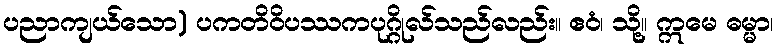
ပညာကျယ်သော) ပကတိဝိပဿကပုဂ္ဂိုလ်သည်လည်း။ ဧဝံ၊ သို့။ ဣမေ ဓမ္မာ၊